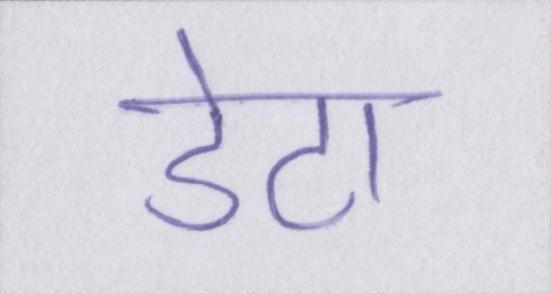
डेटा